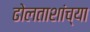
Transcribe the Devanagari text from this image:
ढोलताशांच्या